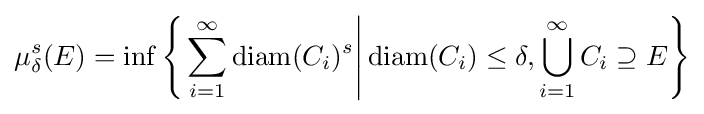
\mu _{\delta }^{s}(E)=\inf \left\{\left.\sum _{i=1}^{\infty }\mathrm {diam} (C_{i})^{s}\right|\mathrm {diam} (C_{i})\leq \delta ,\bigcup _{i=1}^{\infty }C_{i}\supseteq E\right\}